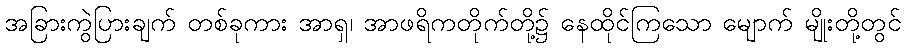
အခြားကွဲပြားချက် တစ်ခုကား အာရှ၊ အာဖရိကတိုက်တို့၌ နေထိုင်ကြသော မျောက် မျိုးတို့တွင်